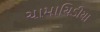
ચામાચિડીયા